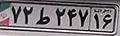
۷۲ط۲۴۷۱۶